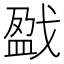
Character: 戤